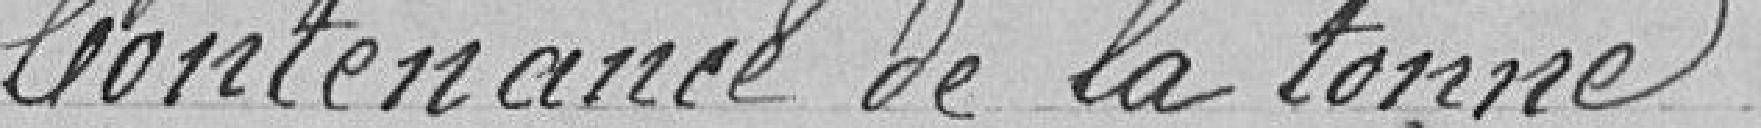
Contenance de la tonne